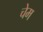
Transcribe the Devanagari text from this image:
चेम